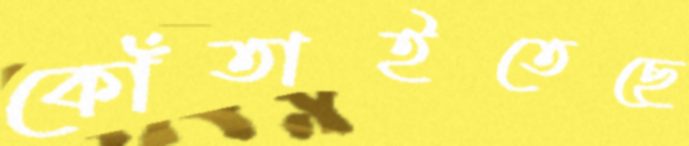
কোঁতাইতেছে